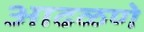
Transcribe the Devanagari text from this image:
आढळणे